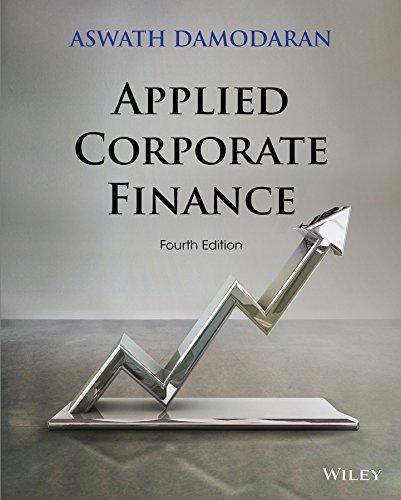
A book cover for Applied Corporate Finance; Aswath Damodaran; Business & Money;